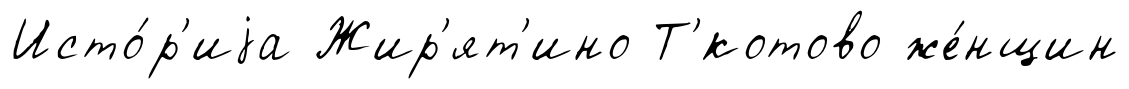
Исто́р'иjа Жир'ят'ино Т'́котово же́нщин